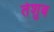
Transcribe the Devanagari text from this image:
तेशुब